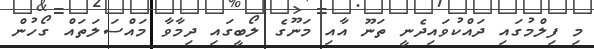
މި ފިލްމުގައި ދައްކުވައިދެނީ ތަނޫ އާއި މަނޫގެ ލޯބީގައި ދިމާވާ މައްސަލަތައް ގޯހުން